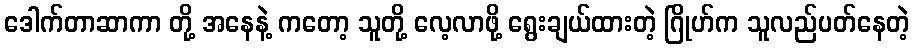
ဒေါက်တာဆာကာ တို့ အနေနဲ့ ကတော့ သူတို့ လေ့လာဖို့ ရွေးချယ်ထားတဲ့ ဂြိုဟ်က သူလည်ပတ်နေတဲ့